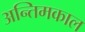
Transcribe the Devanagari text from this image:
अन्तिमकाल